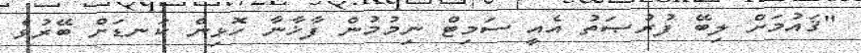
"ޤައުމަށް ލިބޭ ފުރުޞަތު އެއީ ސަމިޓް ނިމުމުން ފާޚާނާ ހޮޅިން ކަނޑަށް ބޭރުވެ